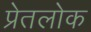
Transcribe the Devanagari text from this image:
प्रेतलोक